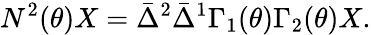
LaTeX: N^{2}(\theta)X=\bar{\Delta}^{2}\bar{\Delta}^{1}\Gamma_{1}(\theta)\Gamma_{2}(\theta)X.